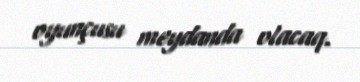
oyunçusu meydanda olacaq.